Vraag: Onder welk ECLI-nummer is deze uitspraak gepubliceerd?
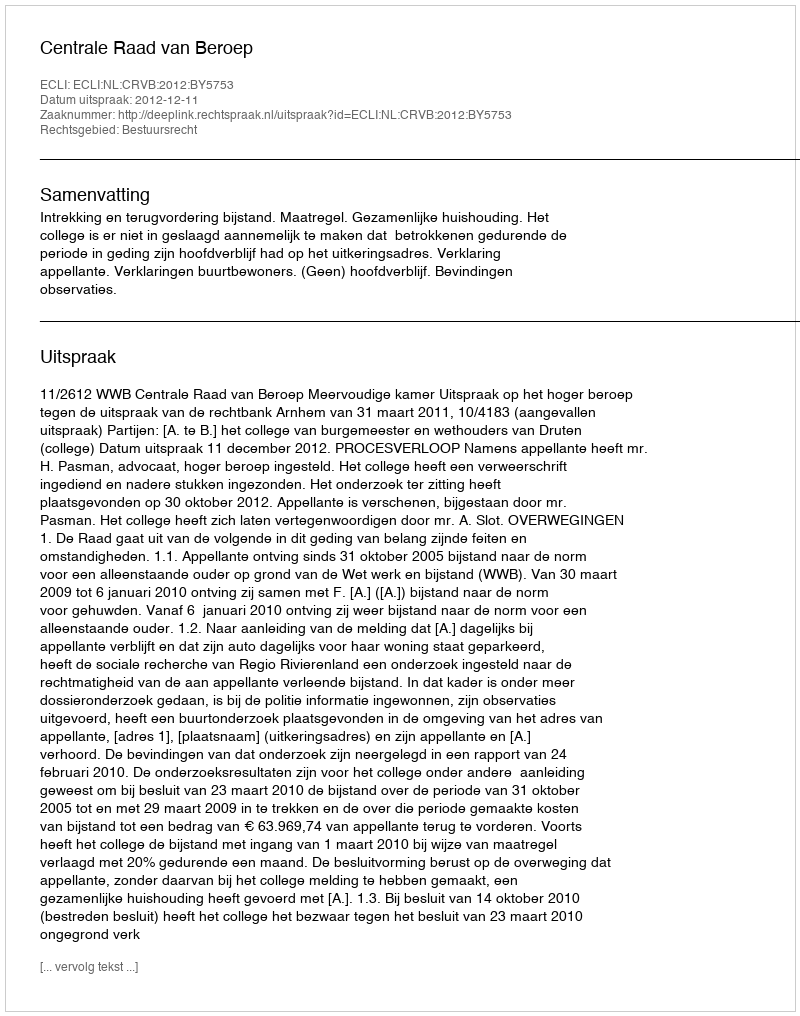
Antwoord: ECLI:NL:CRVB:2012:BY5753